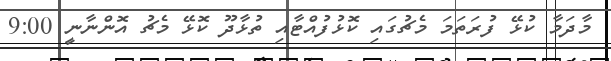
މާދަމާ ކުޅޭ ފުރަތަމަ މެޗުގައި ކޮޅުފުއްޓާއި ތުޅާދޫ ކޮޅޭ މެޗު އޮންނާނީ 9:00